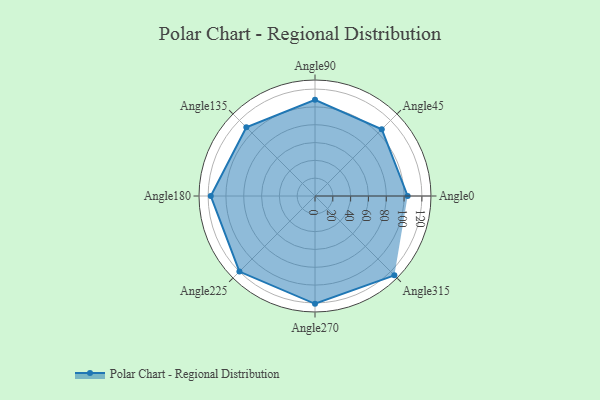
{"axis": {"x": "Angle", "y": "Radius"}, "legend": [""], "data": [{"x": "Angle0", "y": 104.0, "type": ""}, {"x": "Angle45", "y": 106.0, "type": ""}, {"x": "Angle90", "y": 108.0, "type": ""}, {"x": "Angle135", "y": 109.0, "type": ""}, {"x": "Angle180", "y": 117.0, "type": ""}, {"x": "Angle225", "y": 120.0, "type": ""}, {"x": "Angle270", "y": 121.0, "type": ""}, {"x": "Angle315", "y": 126.0, "type": ""}]}